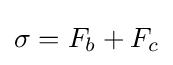
\sigma =F_{b}+F_{c}